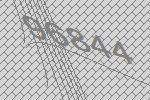
96844